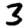
Digit: 3